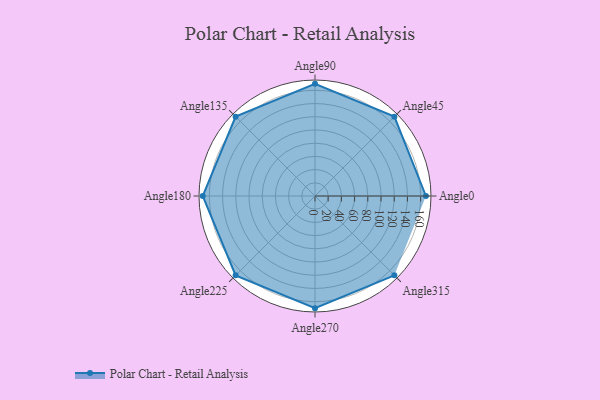
{"axis": {"x": "Angle", "y": "Radius"}, "legend": [""], "data": [{"x": "Angle0", "y": 168.0, "type": ""}, {"x": "Angle45", "y": 170.0, "type": ""}, {"x": "Angle90", "y": 170, "type": ""}, {"x": "Angle135", "y": 170, "type": ""}, {"x": "Angle180", "y": 170, "type": ""}, {"x": "Angle225", "y": 170, "type": ""}, {"x": "Angle270", "y": 170, "type": ""}, {"x": "Angle315", "y": 170, "type": ""}]}